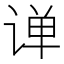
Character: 𫟠